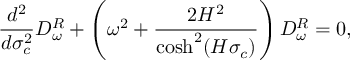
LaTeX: \frac { d ^ { 2 } } { d \sigma _ { c } ^ { 2 } } D _ { \omega } ^ { R } + \left( \omega ^ { 2 } + \frac { 2 H ^ { 2 } } { \cosh ^ { 2 } ( H \sigma _ { c } ) } \right) D _ { \omega } ^ { R } = 0 ,